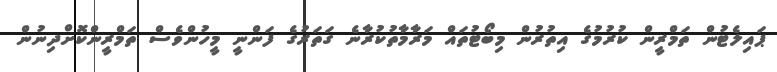
ޕައިލެޓުން ތަމްރީން ކުރުމުގެ އިތުރުން މިބޯޓުތައް މަރާމާތުކުރާނެ ގަތަރުގެ ފަންނީ މީހުންވެސް ތަމްރީންކޮށްދިނުން